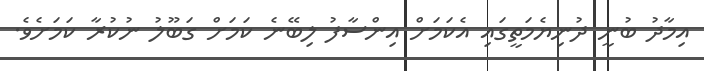
އިމާދު ބުނީ ދުނިޔެމަތީގައި އެކަމަށް އިންސާފު ލިބޭނެ ކަމަށް ގަބޫލު ނުކުރާ ކަމަށެވެ.